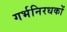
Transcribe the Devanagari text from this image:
गर्भनिरधकों